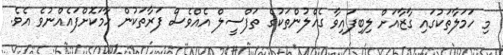
މި ހަމަލާތަކުގައި ގާޒާއަށް ލިބިފައިވާ ގެއްލުންތަކުގެ ތަފްސީލް އެއްވެސް ފަރާތަކުން ހާމަކޮށްފައެއްނުވެ އެވެ.